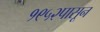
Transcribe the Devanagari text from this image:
१९५२पासून